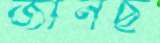
জানছ